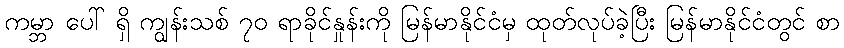
ကမ္ဘာ ပေါ် ရှိ ကျွန်းသစ် ၇၀ ရာခိုင်နှုန်းကို မြန်မာနိုင်ငံမှ ထုတ်လုပ်ခဲ့ပြီး မြန်မာနိုင်ငံတွင် စာ